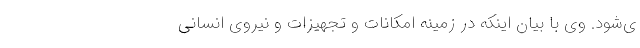
ی‌شود. وی با بیان اینکه در زمینه امکانات و تجهیزات و نیروی انسانی